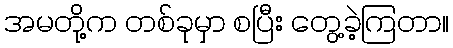
အမတို့က တစ်ခုမှာ စပြီး တွေ့ခဲ့ကြတာ။